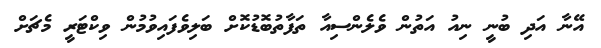
އޭނާ އަދި ބުނީ ނިއު އަތުން ވެލެންސިއާ ތަފާތުބޮޑުކޮށް ބަލިވެފައިވުމުން ވިކްޓަރީ މެޗަށް